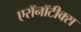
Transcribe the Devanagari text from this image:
एरॉनॉटीक्स